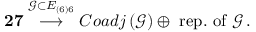
{ \bf 2 7 } \stackrel { \mathcal { G } \subset E _ { \left( 6 \right) 6 } } { \longrightarrow } C o a d j \left( \mathcal { G } \right) \oplus \mathrm { ~ r e p . ~ o f ~ } \mathcal { G } \, .